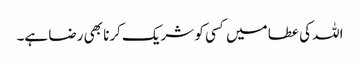
اللہ کی عطا میں کسی کو شریک کرنا بھی رضا ہے۔